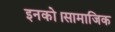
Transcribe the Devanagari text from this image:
इनको।सामाजिक